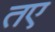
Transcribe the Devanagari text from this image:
तए